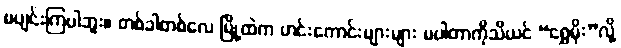
မပျင်းကြပါဘူး။ တစ်ခါတစ်လေ မြို့ထဲက ဟင်းကောင်းများများ မပါတာကိုသိယင် “ရွှေမိုး”လို့